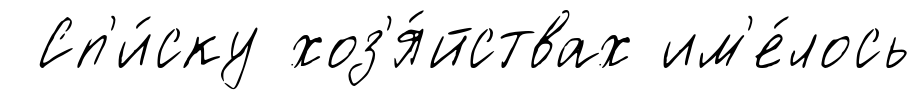
Сп'и́ску хоз'я́йствах им'е́лось